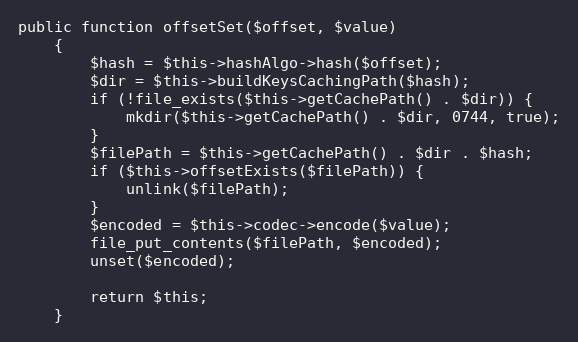
Language: PHP
public function offsetSet($offset, $value)
    {
        $hash = $this->hashAlgo->hash($offset);
        $dir = $this->buildKeysCachingPath($hash);
        if (!file_exists($this->getCachePath() . $dir)) {
            mkdir($this->getCachePath() . $dir, 0744, true);
        }
        $filePath = $this->getCachePath() . $dir . $hash;
        if ($this->offsetExists($filePath)) {
            unlink($filePath);
        }
        $encoded = $this->codec->encode($value);
        file_put_contents($filePath, $encoded);
        unset($encoded);

        return $this;
    }